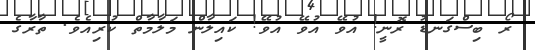
ރޯ ބިސްގަނޑު ރޮނީ! އުވޭ އުވޭ އުވޭ! ކައިލާން މަލާމާތް ކުރިއެވެ. ތާރާގެ